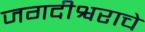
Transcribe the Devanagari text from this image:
जगदीश्वराचे